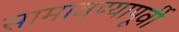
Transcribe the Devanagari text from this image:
सामावण्यापूर्वी